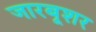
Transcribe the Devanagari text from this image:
जारबूशर